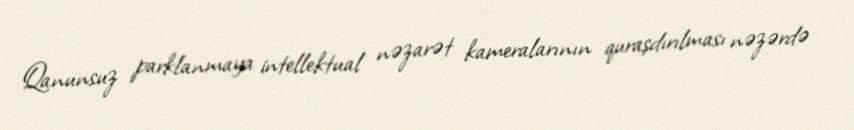
Qanunsuz parklanmaya intellektual nəzarət kameralarının quraşdırılması nəzərdə